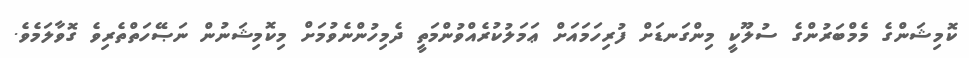
ކޮމިޝަންގެ މެމްބަރުންގެ ސުލޫކީ މިންގަނޑަށް ފުރިހަމައަށް ޢަމަލުކުރެއްވުންމަތީ ދެމިހުންނެވުމަށް މިކޮމިޝަނުން ނަޞޭހަތްތެރިވެ ގޮވާލަމެވެ.